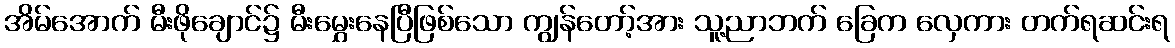
အိမ်အောက် မီးဖိုချောင်၌ မီးမွှေးနေပြီဖြစ်သော ကျွန်တော့်အား သူ့ညာဘက် ခြေက လှေကား တက်ရဆင်းရ